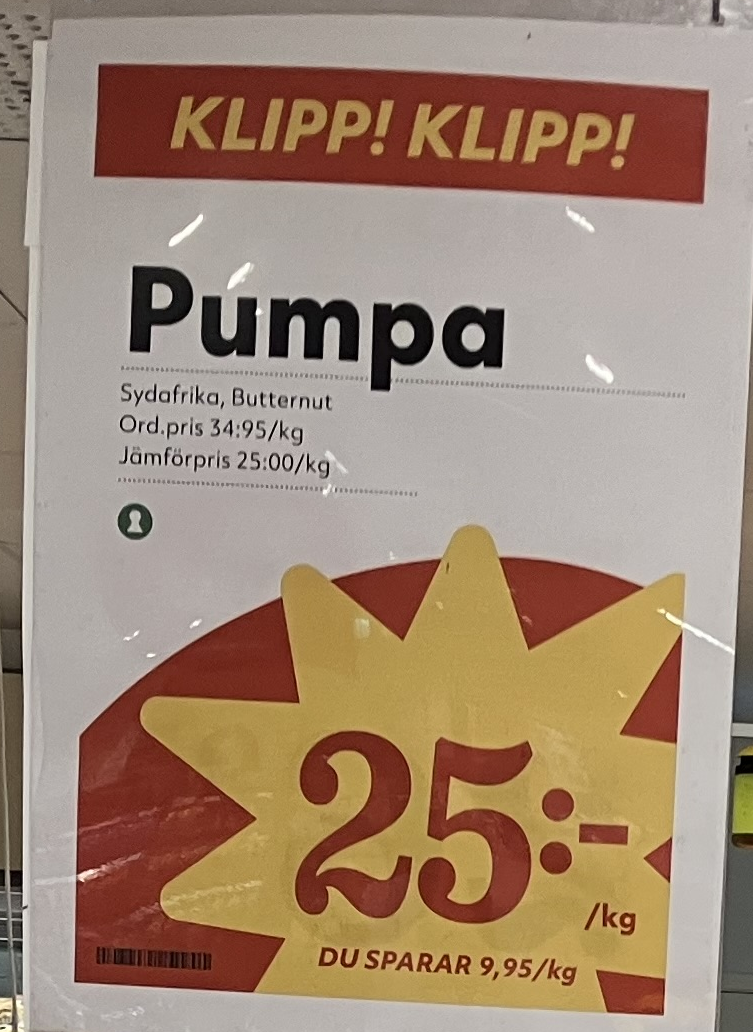
Vara: Pumpa
Genomsnittspris: 25 per kg